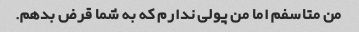
من متاسفم اما من پولی ندارم که به شما قرض بدهم.